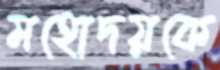
মহোদয়কে